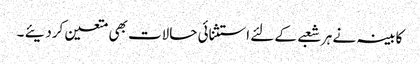
کابینہ نے ہر شعبے کے لئے استثنائی حالات بھی متعین کردیئے ۔